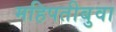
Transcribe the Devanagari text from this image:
महिपतीबुवा